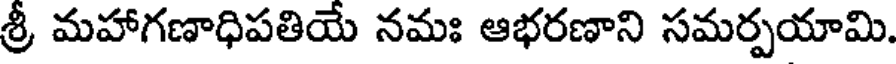
శ్రీ మహాగణాధిపతియే నమః ఆభరణాని సమర్పయామి.